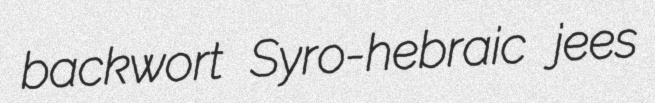
backwort Syro-hebraic jees